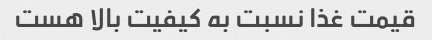
قیمت غذا نسبت به کیفیت بالا هست